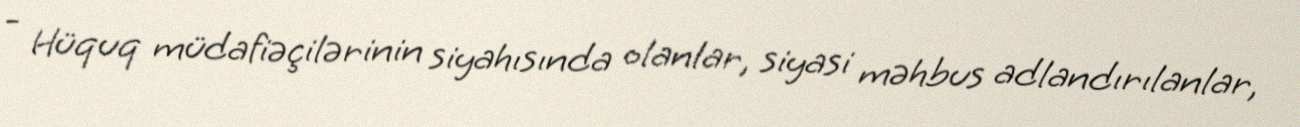
- Hüquq müdafiəçilərinin siyahısında olanlar, siyasi məhbus adlandırılanlar,